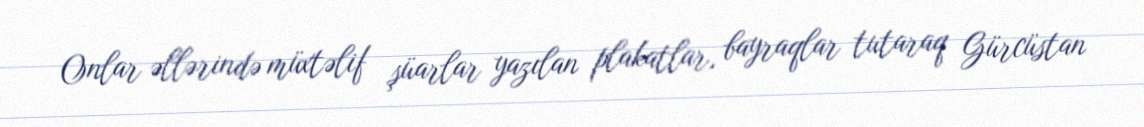
Onlar əllərində müxtəlif şüarlar yazılan plakatlar, bayraqlar tutaraq Gürcüstan